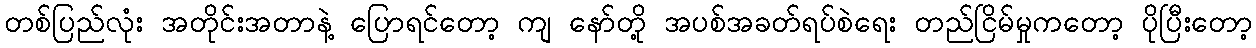
တစ်ပြည်လုံး အတိုင်းအတာနဲ့ ပြောရင်တော့ ကျ နော်တို့ အပစ်အခတ်ရပ်စဲရေး တည်ငြိမ်မှုကတော့ ပိုပြီးတော့